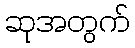
ဆုအတွက်